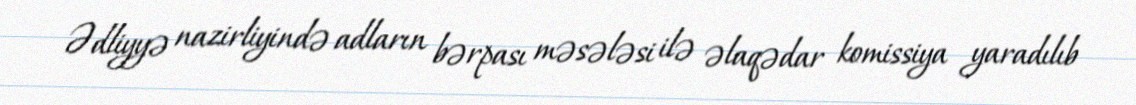
Ədliyyə nazirliyində adların bərpası məsələsi ilə əlaqədar komissiya yaradılıb